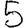
Digit: 5